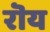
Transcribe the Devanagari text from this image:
रॊय